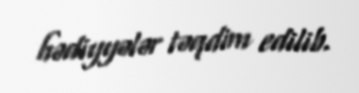
hədiyyələr təqdim edilib.